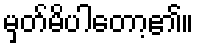
မှတ်မိပါတော့၏။